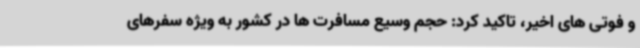
و فوتی های اخیر، تاکید کرد: حجم وسیع مسافرت ها در کشور به ویژه سفرهای